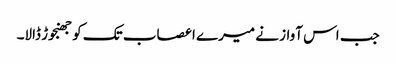
جب اس آواز نے میرے اعصاب تک کو جھنجوڑ ڈالا۔